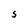
Character: 5